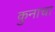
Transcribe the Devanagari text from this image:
कुनाचा